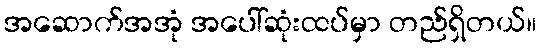
အဆောက်အအုံ အပေါ်ဆုံးထပ်မှာ တည်ရှိတယ်။